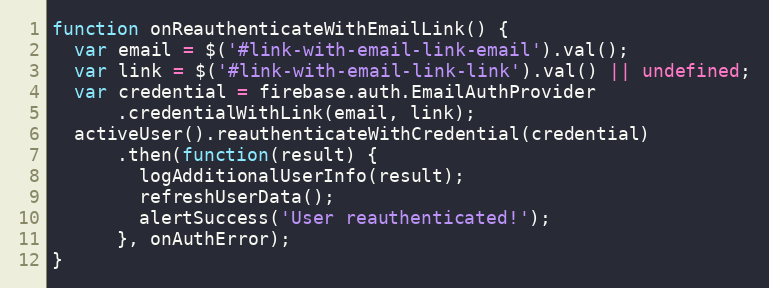
Language: JavaScript
function onReauthenticateWithEmailLink() {
  var email = $('#link-with-email-link-email').val();
  var link = $('#link-with-email-link-link').val() || undefined;
  var credential = firebase.auth.EmailAuthProvider
      .credentialWithLink(email, link);
  activeUser().reauthenticateWithCredential(credential)
      .then(function(result) {
        logAdditionalUserInfo(result);
        refreshUserData();
        alertSuccess('User reauthenticated!');
      }, onAuthError);
}